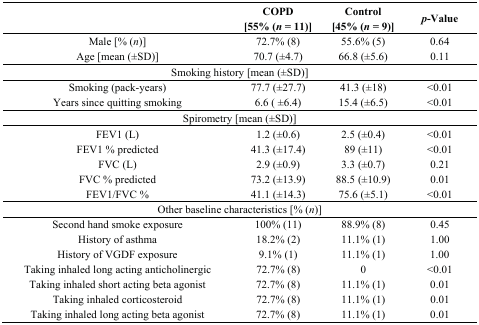
<table><thead><tr><td></td><td><b>COPD [55% (<i>n</i> = 11)]</b></td><td><b>Control [45% (<i>n</i> = 9)]</b></td><td><b><i>p</i>-Value</b></td></tr></thead><tbody><tr><td>Male [% (<i>n</i>)]</td><td>72.7% (8)</td><td>55.6% (5)</td><td>0.64</td></tr><tr><td>Age [mean (±SD)]</td><td>70.7 (±4.7)</td><td>66.8 (±5.6)</td><td>0.11</td></tr><tr><td colspan="4">Smoking history [mean (±SD)]</td></tr><tr><td>Smoking (pack-years)</td><td>77.7 (±27.7)</td><td>41.3 (±18)</td><td>&lt;0.01</td></tr><tr><td>Years since quitting smoking</td><td>6.6 ( ±6.4)</td><td>15.4 (±6.5)</td><td>&lt;0.01</td></tr><tr><td colspan="4">Spirometry [mean (±SD)]</td></tr><tr><td>FEV1 (L)</td><td>1.2 (±0.6)</td><td>2.5 (±0.4)</td><td>&lt;0.01</td></tr><tr><td>FEV1 % predicted</td><td>41.3 (±17.4)</td><td>89 (±11)</td><td>&lt;0.01</td></tr><tr><td>FVC (L)</td><td>2.9 (±0.9)</td><td>3.3 (±0.7)</td><td>0.21</td></tr><tr><td>FVC % predicted</td><td>73.2 (±13.9)</td><td>88.5 (±10.9)</td><td>0.01</td></tr><tr><td>FEV1/FVC %</td><td>41.1 (±14.3)</td><td>75.6 (±5.1)</td><td>&lt;0.01</td></tr><tr><td colspan="4">Other baseline characteristics [% (<i>n</i>)]</td></tr><tr><td>Second hand smoke exposure</td><td>100% (11)</td><td>88.9% (8)</td><td>0.45</td></tr><tr><td>History of asthma</td><td>18.2% (2)</td><td>11.1% (1)</td><td>1.00</td></tr><tr><td>History of VGDF exposure</td><td>9.1% (1)</td><td>11.1% (1)</td><td>1.00</td></tr><tr><td>Taking inhaled long acting anticholinergic</td><td>72.7% (8)</td><td>0</td><td>&lt;0.01</td></tr><tr><td>Taking inhaled short acting beta agonist</td><td>72.7% (8)</td><td>11.1% (1)</td><td>0.01</td></tr><tr><td>Taking inhaled corticosteroid</td><td>72.7% (8)</td><td>11.1% (1)</td><td>0.01</td></tr><tr><td>Taking inhaled long acting beta agonist</td><td>72.7% (8)</td><td>11.1% (1)</td><td>0.01</td></tr></tbody></table>